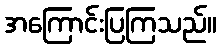
အကြောင်းပြကြသည်။